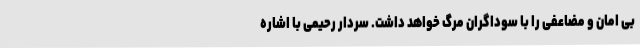
بی امان و مضاعفی را با سوداگران مرگ خواهد داشت. سردار رحیمی با اشاره